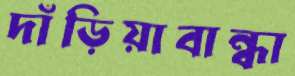
দাঁড়িয়াবান্ধা